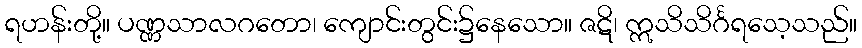
ရဟန်းတို့။ ပဏ္ဏသာလဂတော၊ ကျောင်းတွင်း၌နေသော။ ဇဋိ၊ ဣသိသိင်္ဂရသေ့သည်။